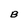
Character: B